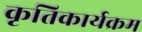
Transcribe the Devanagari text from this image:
कृतिकार्यक्रम